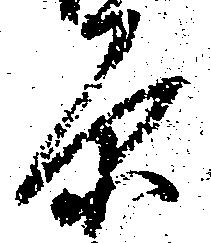
原